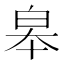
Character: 皋